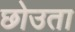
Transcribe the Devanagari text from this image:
छोउता